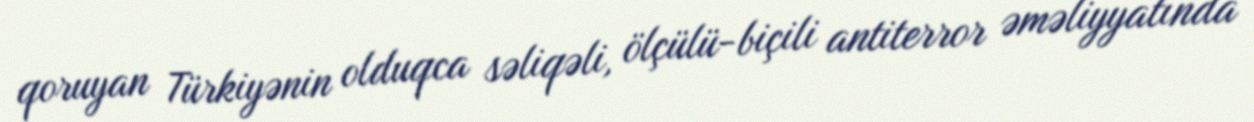
qoruyan Türkiyənin olduqca səliqəli, ölçülü-biçili antiterror əməliyyatında